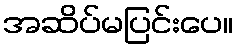
အဆိပ်မပြင်းပေ။